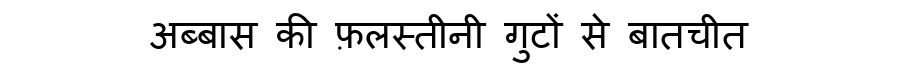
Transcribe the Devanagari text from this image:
अब्बास की फ़लस्तीनी गुटों से बातचीत